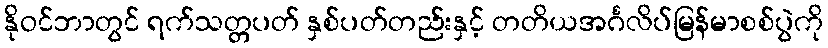
နိုဝင်ဘာတွင် ရက်သတ္တပတ် နှစ်ပတ်တည်းနှင့် တတိယအင်္ဂလိပ်မြန်မာစစ်ပွဲကို